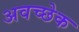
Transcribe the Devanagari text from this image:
अवच्छेक